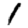
Digit: 1